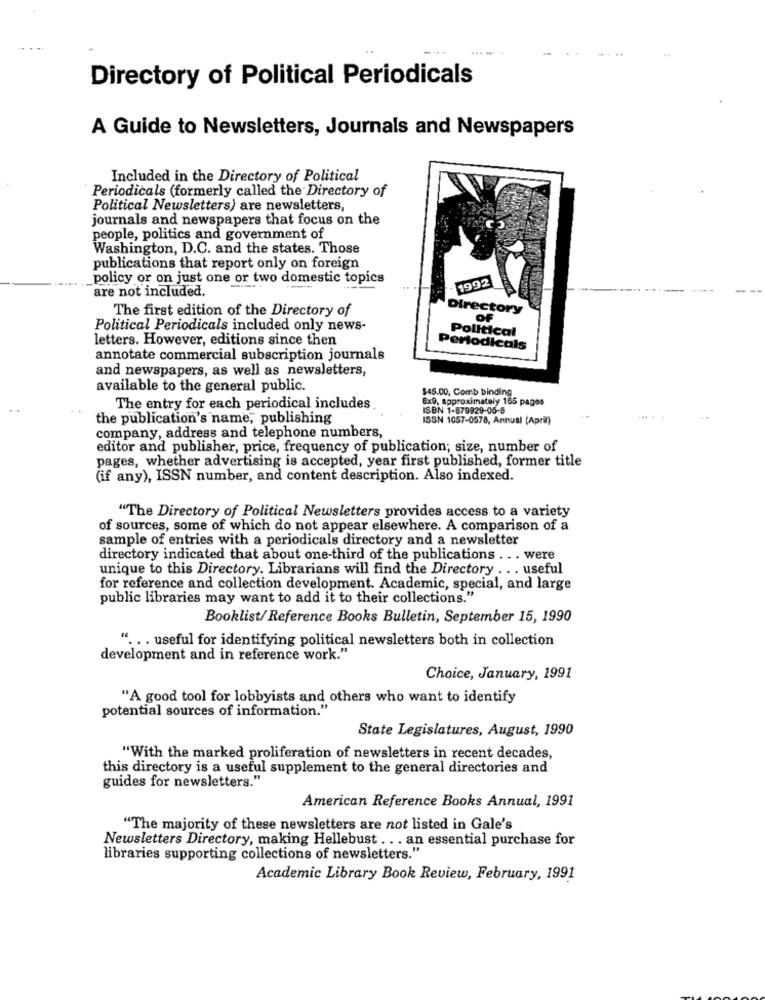
... ...
Directory of Political Periodicals
A Guide to Newsletters, Journals and Newspapers
Included in the Directory of Political
Periodicals (formerly called the Directory of
Political Newsletters) are newsletters,
journals and newspapers that focus on the
people, politics and government of
Washington, D.C. and the states. Those
publications that report only on foreign
policy or on just one or two domestic topics
1992
are not included.
The first edition of the Directory of
Directory
OF
Political Periodicals included only news-
Political
letters. However, editions since then
Periodicals
annotate commercial subscription journals
and newspapers, as well as newsletters,
available to the general public.
$45.00, Comb binding
6x9, approximately 165 pages
The entry for each periodical includes
ISBN 1-879929-05-8
the publication's name, publishing
ISSN 1057-0578, Annual (April)
company, address and telephone numbers,
editor and publisher, price, frequency of publication; size, number of
pages, whether advertising is accepted, year first published, former title
(if any), ISSN number, and content description. Also indexed.
"The Directory of Political Newsletters provides access to a variety
of sources, some of which do not appear elsewhere. A comparison of a
sample of entries with a periodicals directory and a newsletter
directory indicated that about one-third of the publications ... were
unique to this Directory. Librarians will find the Directory ... useful
for reference and collection development. Academic, special, and large
public libraries may want to add it to their collections."
Booklist/ Reference Books Bulletin, September 15, 1990
". .. useful for identifying political newsletters both in collection
development and in reference work."
Choice, January, 1991
"A good tool for lobbyists and others who want to identify
potential sources of information."
State Legislatures, August, 1990
"With the marked proliferation of newsletters in recent decades,
this directory is a useful supplement to the general directories and
guides for newsletters."
American Reference Books Annual, 1991
"The majority of these newsletters are not listed in Gale's
Newsletters Directory, making Hellebust ... an essential purchase for
libraries supporting collections of newsletters."
Academic Library Book Review, February, 1991